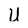
Character: U